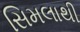
સિમલાથી